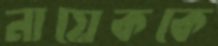
নায়েককে